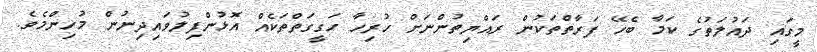
މީގައި ދައުލަތުގެ ކަމާ ބެހޭ ފަރާތްތަކުން ރައްޔިތުންނަށް ހުރިހާ ހަގީގަތްތަކެއް އޮޅުންފިލުވައިދިނުން މުހިންމެވެ.